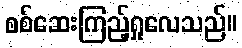
စစ်ဆေးကြည့်ရှုလေသည်။